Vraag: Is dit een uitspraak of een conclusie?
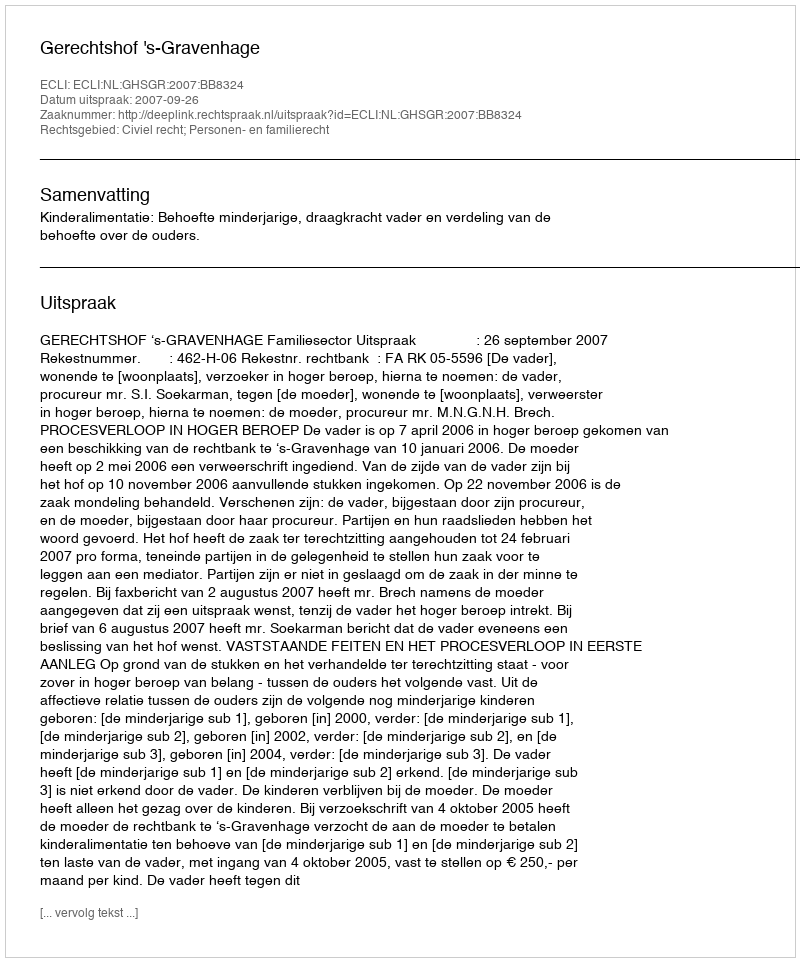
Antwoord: Uitspraak